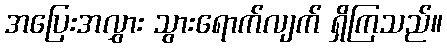
အပြေးအလွှား သွားရောက်လျက် ရှိကြသည်။